Vaccination in Bombay 1869-1873 - 1869-1873
Year: 1869
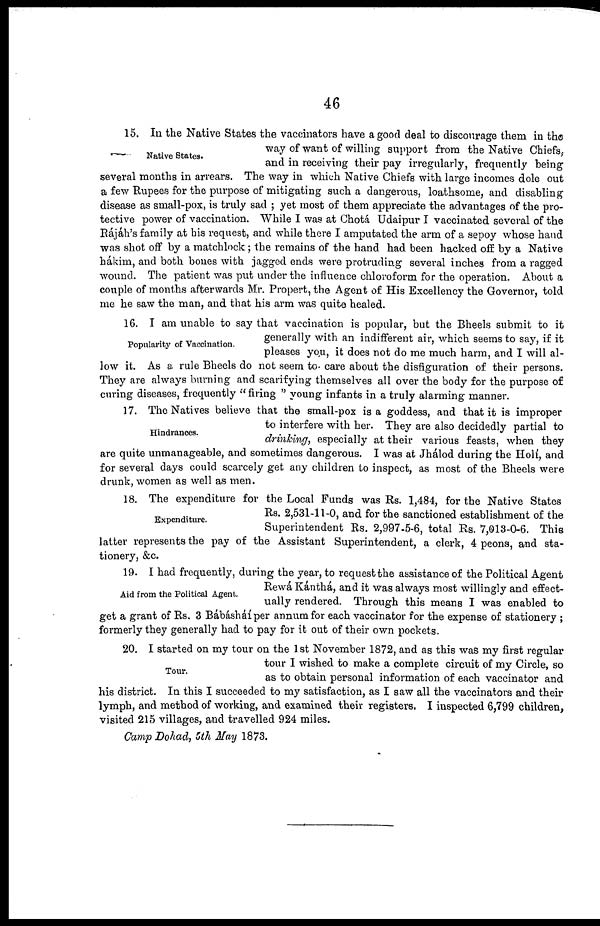
46
Native States.
15. In the Native States the vaccinators have a good deal to discourage them in the
way of want of willing support from the Native Chiefs,
and in receiving their pay irregularly, frequently being
several months in arrears. The way in which Native Chiefs with large incomes dole out
a few Rupees for the purpose of mitigating such a dangerous, loathsome, and disabling
disease as small-pox, is truly sad ; yet most of them appreciate the advantages of the pro-
tective power of vaccination. While I was at Chotá Udaipur I vaccinated several of the
Rájáh's family at his request, and while there I amputated the arm of a sepoy whose hand
was shot off by a matchlock ; the remains of the hand had been hacked off by a Native
hákim, and both bones with jagged ends were protruding several inches from a ragged
wound. The patient was put under the influence chloroform for the operation. About a
couple of months afterwards Mr. Propert, the Agent of His Excellency the Governor, told
me he saw the man, and that his arm was quite healed.
Popularity of Vaccination.
16. I am unable to say that vaccination is popular, but the Bheels submit to it
generally with an indifferent air, which seems to say, if it
pleases you, it does not do me much harm, and I will al-
low it. As a rule Bheels do not seem to care about the disfiguration of their persons.
They are always burning and scarifying themselves all over the body for the purpose of
curing diseases, frequently " firing " young infants in a truly alarming manner.
Hindrances.
17. The Natives believe that the small-pox is a goddess, and that it is improper
to interfere with her. They are also decidedly partial to
drinking, especially at their various feasts, when they
are quite unmanageable, and sometimes dangerous. I was at Jhálod during the Holí, and
for several days could scarcely get any children to inspect, as most of the Bheels were
drunk, women as well as men.
Expenditure.
18. The expenditure for the Local Funds was Rs. 1,484, for the Native States
Rs. 2,531-11-0, and for the sanctioned establishment of the
Superintendent Rs. 2,997-5-6, total Rs. 7,013-0-6. This
latter represents the pay of the Assistant Superintendent, a clerk, 4 peons, and sta-
tionery, &c.
Aid from the Political Agent.
19. I had frequently, during the year, to request the assistance of the Political Agent
Rewá Kánthá, and it was always most willingly and effect-
ually rendered. Through this means I was enabled to
get a grant of Rs. 3 Bábásháí per annum for each vaccinator for the expense of stationery ;
formerly they generally had to pay for it out of their own pockets.
Tour.
20. I started on my tour on the 1st November 1872, and as this was my first regular
tour I wished to make a complete circuit of my Circle, so
as to obtain personal information of each vaccinator and
his district. In this I succeeded to my satisfaction, as I saw all the vaccinators and their
lymph, and method of working, and examined their registers. I inspected 6,799 children,
visited 215 villages, and travelled 924 miles.
Camp Dohad, 5th May 1873.